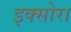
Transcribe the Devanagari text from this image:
इक्सोरा